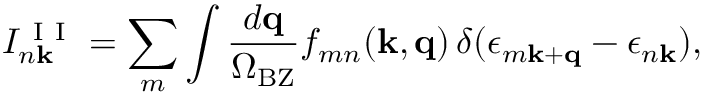
I _ { n \mathbf k } ^ { \mathrm { ~ I ~ I ~ } } = \sum _ { m } \int \frac { d \mathbf q } { \Omega _ { \mathrm { B Z } } } f _ { m n } ( \mathbf k , \mathbf q ) \, \delta ( \epsilon _ { m \mathbf k + \mathbf q } - \epsilon _ { n \mathbf k } ) ,